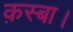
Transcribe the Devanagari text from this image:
क़स्बा।